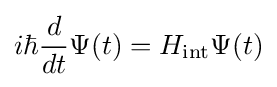
i\hbar {\frac {d}{dt}}\Psi (t)=H_{\rm {int}}\Psi (t)